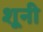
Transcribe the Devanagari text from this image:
शूनी